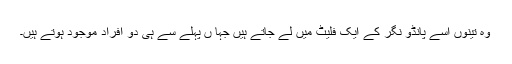
وہ تینوں اسے پانڈو نگر کے ایک فلیٹ میں لے جاتے ہیں جہا ں پہلے سے ہی دو افراد موجود ہوتے ہیں۔